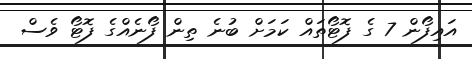
އައިފޯން 7 ގެ ފޮޓޯތައް ކަމަށް ބުނެ ތިން ފޯނެއްގެ ފޮޓޯ ވެސް